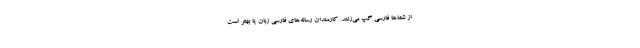
از شماها فارسی گپ می‌زنند. کارمندان رسانه‌های فارسی زبان یا بهتر است